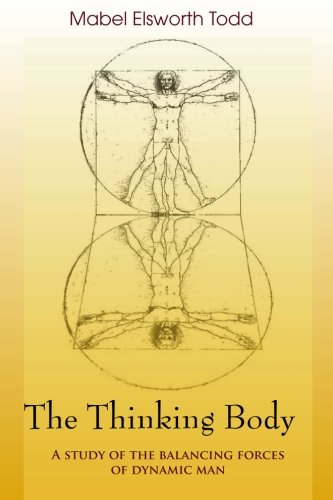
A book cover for The Thinking Body; Mabel Elsworth Todd; Humor & Entertainment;